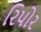
રિપોર